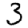
Digit: 3